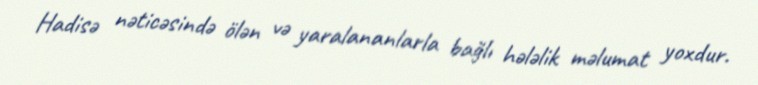
Hadisə nəticəsində ölən və yaralananlarla bağlı hələlik məlumat yoxdur.